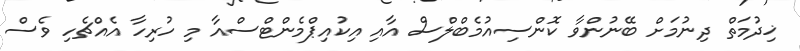
ޚިދުމަތް ދިނުމަށް ބޭނުންވާ ކޮންސިއުމެބްލްސް އާއި އިކުއިޕްމެންޓްސްއާ މި ހުރިހާ އެއްޗެހި ވެސް